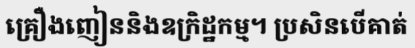
គ្រឿងញៀននិងឧក្រិដ្ឋកម្ម។ ប្រសិនបើគាត់